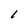
Character: 1